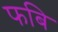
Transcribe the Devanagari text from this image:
फबि